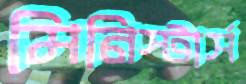
মিনিস্টার্স